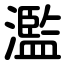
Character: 濫